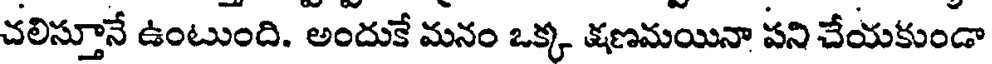
చలిస్తూనే ఉంటుంది. అందుకే మనం ఒక్క క్షణమయినా పని చేయకుండా